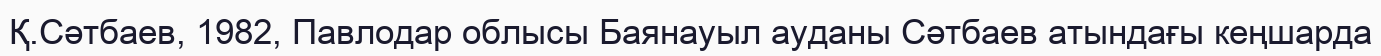
Қ.Сәтбаев, 1982, Павлодар облысы Баянауыл ауданы Сәтбаев атындағы кеңшарда